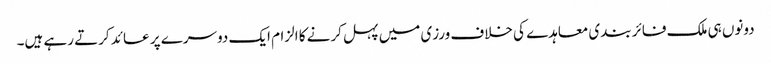
دونوں ہی ملک فائر بندی معاہدے کی خلاف ورزی میں پہل کرنے کا الزام ایک دوسرے پر عائد کرتے رہے ہیں۔